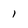
Character: l